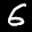
Label: 6